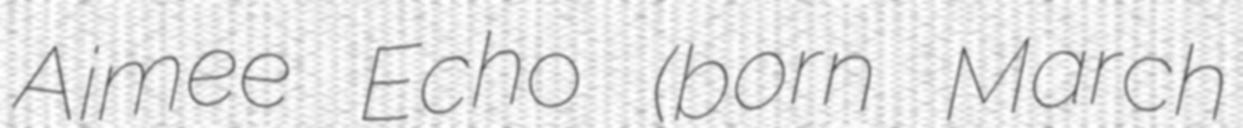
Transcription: Aimee Echo (born March